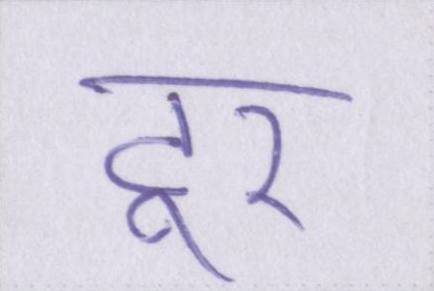
टूर